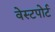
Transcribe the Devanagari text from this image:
वेस्‍टपोर्ट